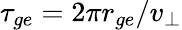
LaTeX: \tau_{ge}=2\pi r_{ge}/v_{\bot}